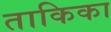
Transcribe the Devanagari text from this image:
ताकिका